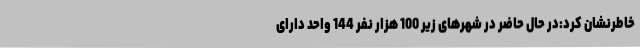
خاطرنشان کرد:در حال حاضر در شهرهای زیر 100 هزار نفر 144 واحد دارای